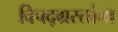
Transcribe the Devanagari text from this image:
विपद्‌ग्रस्तांना